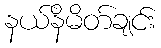
နယ်နိမိတ်ချင်း